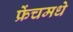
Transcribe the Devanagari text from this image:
फ्रेंचमधे